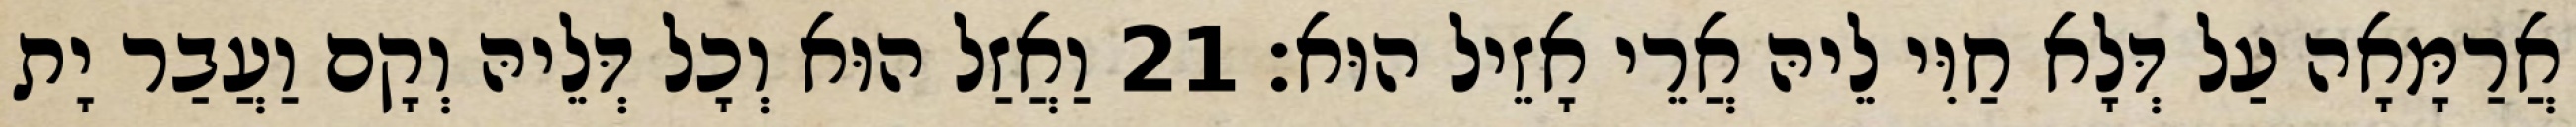
אֲרַמָּאָה עַל דְּלָא חַוִּי לֵיהּ אֲרֵי אָזֵיל הוּא׃ 21 וַאֲזַל הוּא וְכָל דְּלֵיהּ וְקָם וַעֲבַר יָת